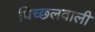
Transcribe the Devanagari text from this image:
पिच्छलवाली